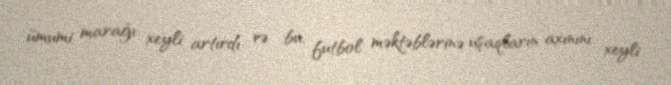
ümumi marağı xeyli artırdı və bu, futbol məktəblərinə uşaqların axınını xeyli